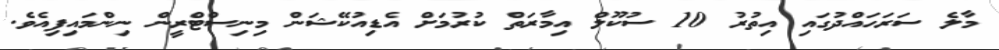
މާލެ ސަރަހައްދުގައި އިތުރު 10 ސުކޫލް އިމާރަތް ކުރުމަށް އެޑިއުކޭޝަން މިނިސްޓްރީން ނިންމައިފިއެވެ.